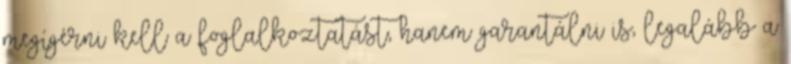
megígérni kell a foglalkoztatást, hanem garantálni is, legalább a